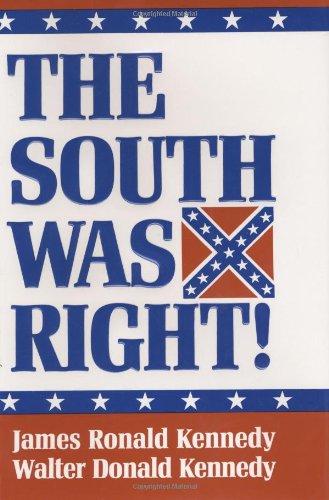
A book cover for The South Was Right!; James Ronald Kennedy; History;